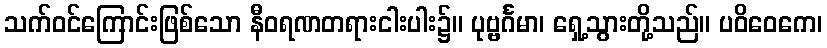
သက်ဝင်ကြောင်းဖြစ်သော နီဝရဏတရားငါးပါး၌။ ပုဗ္ဗင်္ဂမာ၊ ရှေ့သွားတို့သည်။ ပဝိဝေကေ၊